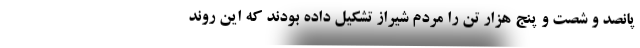
پانصد و شصت و پنج هزار تن را مردم شیراز تشکیل داده بودند که این روند